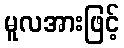
မူလအားဖြင့်